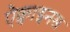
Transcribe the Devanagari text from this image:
ऐक्वाइनस